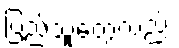
ပြည်သူတွေလည်း